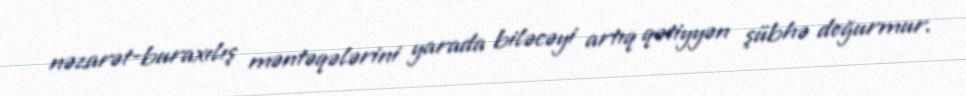
nəzarət-buraxılış məntəqələrini yarada biləcəyi artıq qətiyyən şübhə doğurmur.